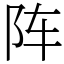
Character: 阵